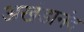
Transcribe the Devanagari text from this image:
अखंडानंद